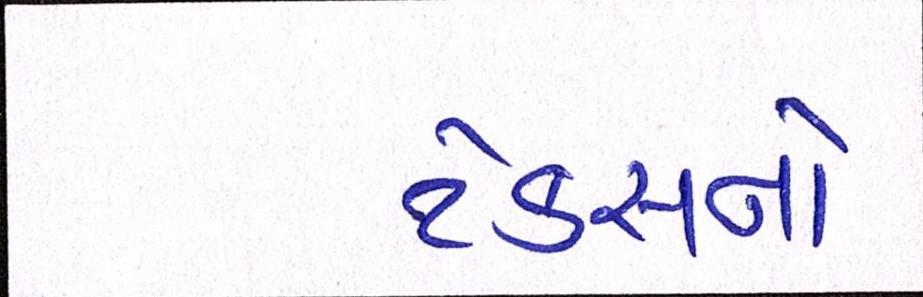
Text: ટેક્સનો